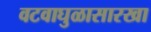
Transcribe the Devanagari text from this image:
वटवाघुळासारखा